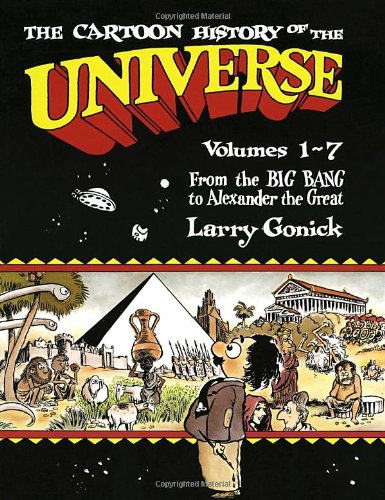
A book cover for Cartoon History of the Universe Volumes 1-7; Larry Gonick; Comics & Graphic Novels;